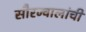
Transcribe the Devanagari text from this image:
सौरज्वालांची